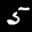
Digit: 5